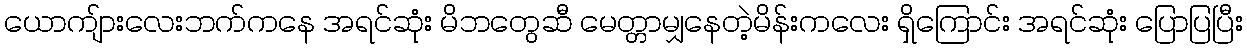
ယောကျ်ားလေးဘက်ကနေ အရင်ဆုံး မိဘတွေဆီ မေတ္တာမျှနေတဲ့မိန်းကလေး ရှိကြောင်း အရင်ဆုံး ပြောပြပြီး